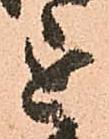
を